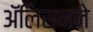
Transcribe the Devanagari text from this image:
ॲलिसनने